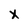
Character: X